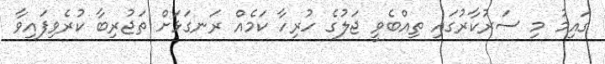
ގައިމު މި ސަރުކާރުގައި ތިއްބެވީ ޖަލުގެ ހުރިހާ ކަމެއް ރަނގަޅަށް ތަޖުރިބާ ކުރެވިފައިވާ